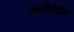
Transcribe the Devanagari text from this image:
नोरेपिनेफ्रिन